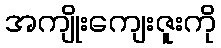
အကျိုးကျေးဇူးကို